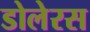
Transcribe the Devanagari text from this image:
डोलेरस